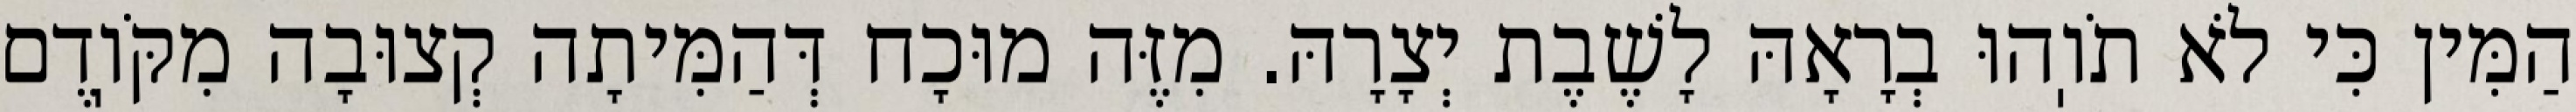
הַמִּין כִּי לֹא תֹוֽהוּ בְרָאָהּ לָשֶׁבֶת יְצָרָהּ. מִזֶּה מוּכָח דְּהַמִּיתָה קְצוּבָה מִקֹּוֽדֶם